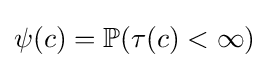
\psi (c)=\mathbb {P} (\tau (c)<\infty )